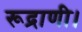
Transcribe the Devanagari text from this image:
रूद्राणी।